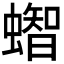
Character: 𧒊